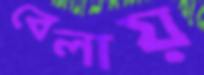
বেলায়